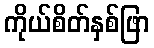
ကိုယ်စိတ်နှစ်ဖြာ